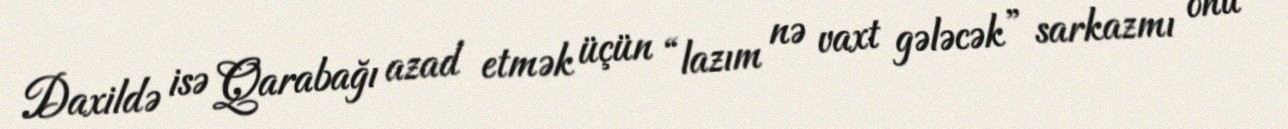
Daxildə isə Qarabağı azad etmək üçün “lazım nə vaxt gələcək” sarkazmı onu